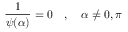
{ \frac { 1 } { \psi ( \alpha ) } } = 0 \quad , \quad \alpha \neq 0 , \pi